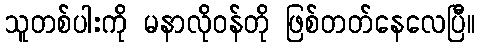
သူတစ်ပါးကို မနာလိုဝန်တို ဖြစ်တတ်နေလေပြီ။